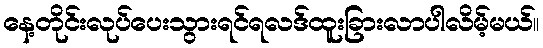
နေ့တိုင်းလုပ်ပေးသွားရင်ရလဒ်ထူးခြားလာပါလိမ့်မယ်။